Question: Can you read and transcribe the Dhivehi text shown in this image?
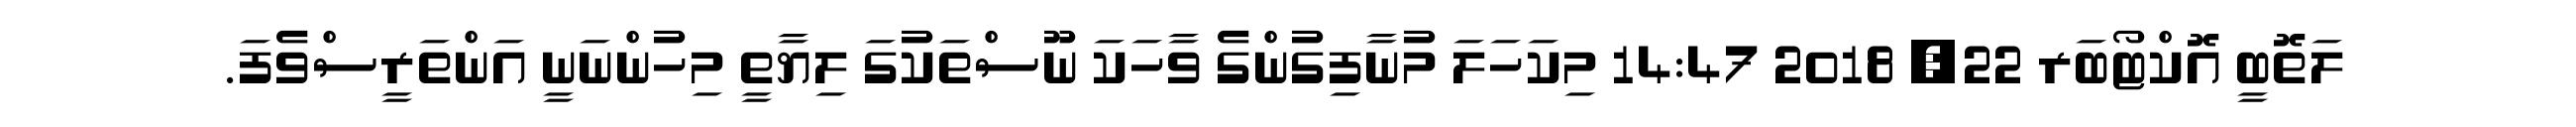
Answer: ލަތޮބީ އޮކްޓޯބަރ 22, 2018 14:47 މިކަހަލަ މުނާފިގުންގެ ވާހަކަ ނޫސްތަކުގަ ލިޔާތީ މިހުންނަނީ އަންތަރީސްވެފަ.